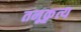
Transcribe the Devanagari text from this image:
तनूकृत्य